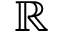
\mathbb { R }